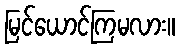
မြင်ယောင်ကြမလား။